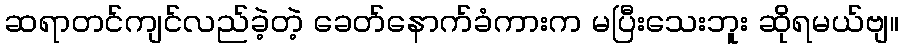
ဆရာတင်ကျင်လည်ခဲ့တဲ့ ခေတ်နောက်ခံကားက မပြီးသေးဘူး ဆိုရမယ်ဗျ။